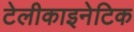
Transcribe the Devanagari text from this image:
टेलीकाइनेटिक